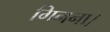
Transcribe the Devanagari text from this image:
गिनना।